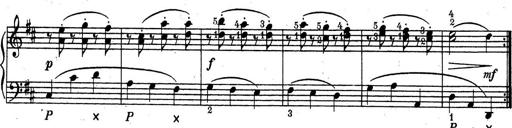
Title: ÄŒeskÃ© Sonatiny
Composer: Various